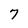
Character: 7